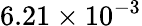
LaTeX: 6.21\times 10^{-3}